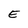
Character: E